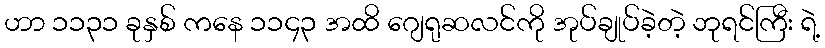
ဟာ ၁၁၃၁ ခုနှစ် ကနေ ၁၁၄၃ အထိ ဂျေရုဆလင်ကို အုပ်ချုပ်ခဲ့တဲ့ ဘုရင်ကြီး ရဲ့